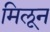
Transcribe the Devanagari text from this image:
मिलून